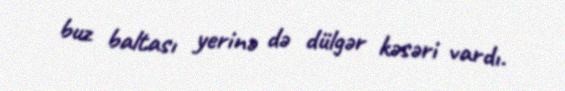
buz baltası yerinə də dülgər kəsəri vardı.